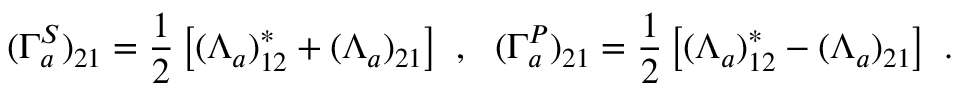
( \Gamma _ { a } ^ { S } ) _ { 2 1 } = \frac { 1 } { 2 } \left[ ( \Lambda _ { a } ) _ { 1 2 } ^ { * } + ( \Lambda _ { a } ) _ { 2 1 } \right] ~ , ~ ~ ( \Gamma _ { a } ^ { P } ) _ { 2 1 } = \frac { 1 } { 2 } \left[ ( \Lambda _ { a } ) _ { 1 2 } ^ { * } - ( \Lambda _ { a } ) _ { 2 1 } \right] ~ .